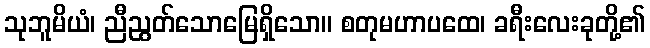
သုဘူမိယံ၊ ညီညွတ်သောမြေရှိသော။ စတုမဟာပထေ၊ ခရီးလေးခုတို့၏